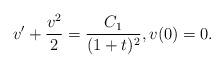
LaTeX: \begin{align*}v'+\frac{v^2}{2}=\frac{C_1}{(1+t)^2},v(0)=0.\end{align*}